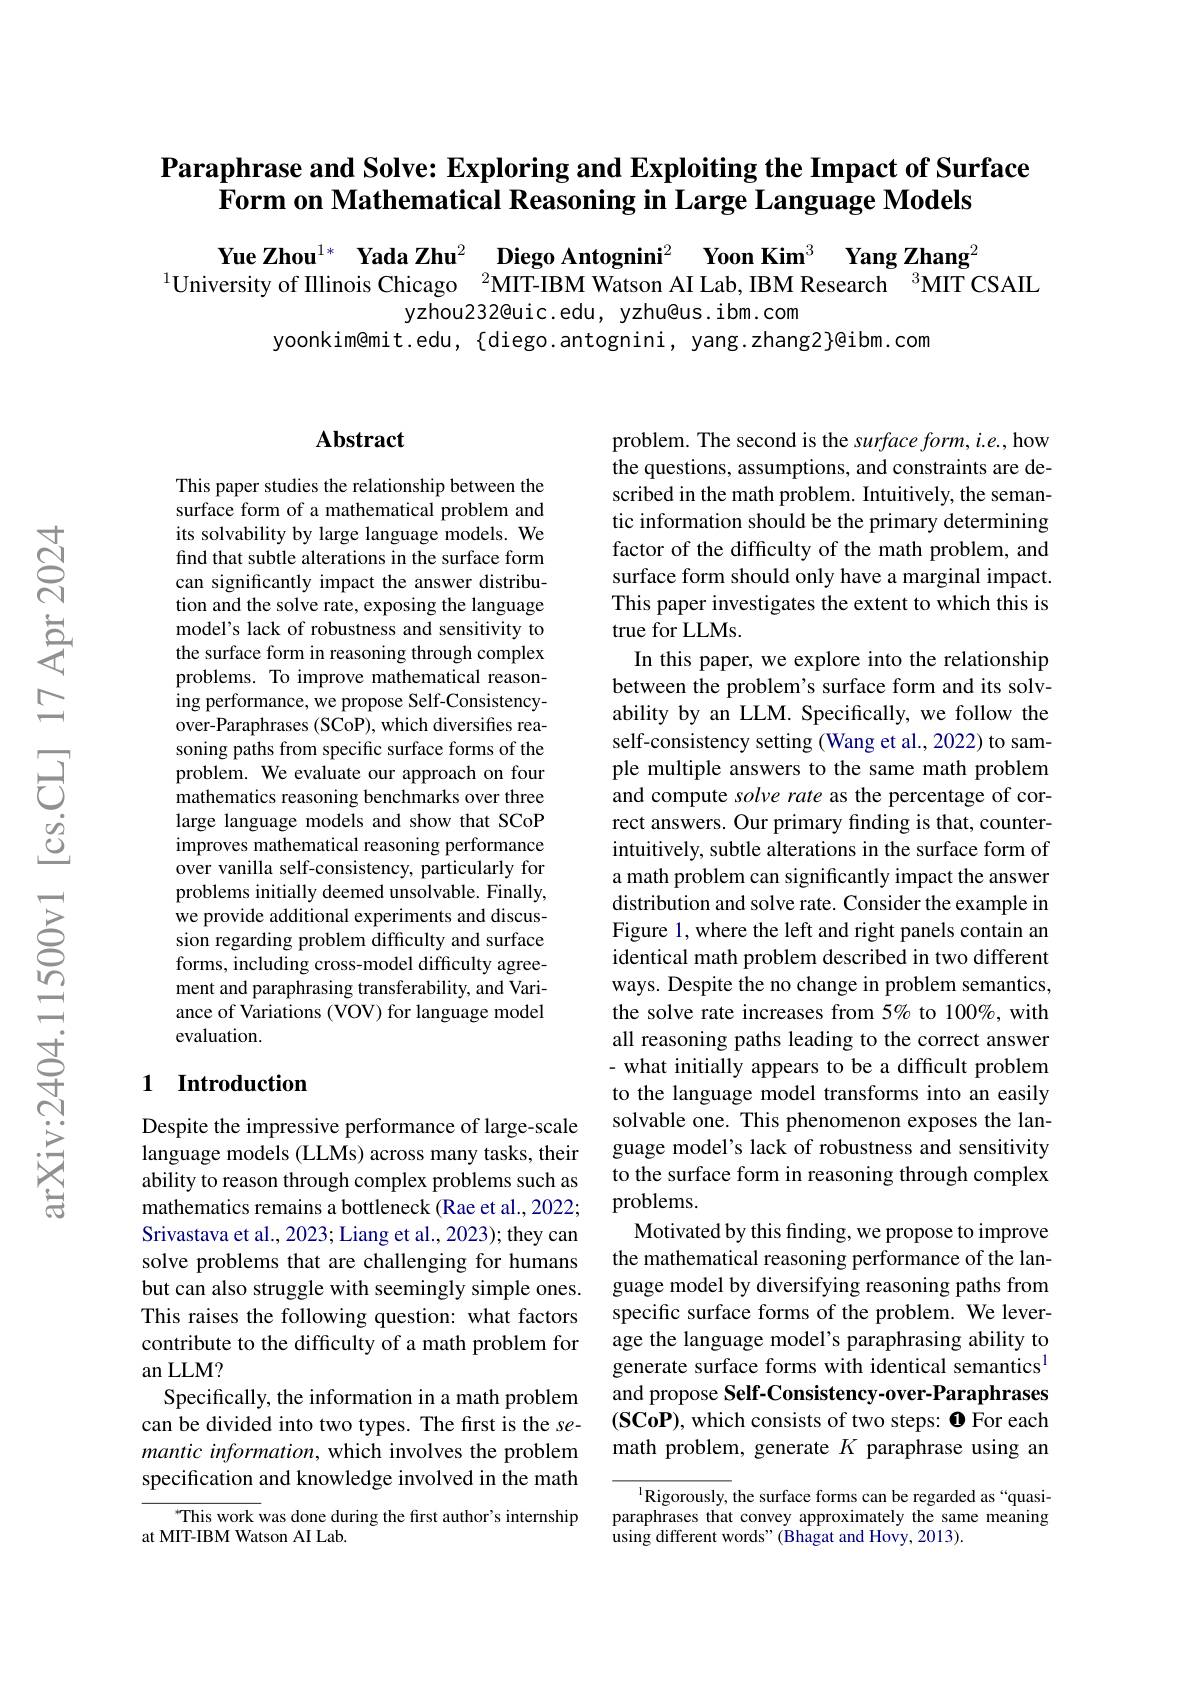
# Paraphrase and Solve: Exploring and Exploiting the Impact of Surface Form on Mathematical Reasoning in Large Language Models

$\begin{array}{c}\textbf{Yue Zhou}^{1*}&\textbf{Yada Zhu}^2&\textbf{Diego Antognini}^2&\textbf{Yoon Kim}^3\textbf{ Yang Zhang}^2\\\text{University of Illinois Chicago}&&\text{2MIT-IBM Watson AI Lab, IBM Research }^3\text{MIT CSAIL}\end{array}$
yzhou232@uic.edu, yzhu@us.ibm.com
yoonkim@mit.edu, {diego.antognini, yang.zhang2}@ibm.com

### $\mathbf{Abstract}$

This paper studies the relationship between the surface form of a mathematical problem and its solvability by large language models. We find that subtle alterations in the surface form can significantly impact the answer distribution and the solve rate, exposing the language model's lack of robustness and sensitivity to the surface form in reasoning through complex problems. To improve mathematical reasoning performance, we propose Self-Consistencyover-Paraphrases (SCoP), which diversifies reasoning paths from specific surface forms of the problem. We evaluate our approach on four mathematics reasoning benchmarks over three large language models and show that SCoP improves mathematical reasoning performance over vanilla self-consistency, particularly for problems initially deemed unsolvable. Finally, we provide additional experiments and discussion regarding problem difficulty and surface forms, including cross-model difficulty agreement and paraphrasing transferability, and Variance of Variations (VOV) for language model evaluation.

## 1 Introduction

Despite the impressive performance of large-scale language models (LLMs) across many tasks, their ability to reason through complex problems such as mathematics remains a bottleneck (Rae et al., 2022; Srivastava et al., 2023; Liang et al., 2023); they can solve problems that are challenging for humans but can also struggle with seemingly simple ones. This raises the following question: what factors contribute to the difficulty of a math problem for an LLM?
Specifically, the information in a math problem can be divided into two types. The first is the semantic information, which involves the problem specification and knowledge involved in the math

This work was done during the first author's internship
at MIT-IBM Watson AI Lab

problem. The second is the surface form, i.e., how the questions, assumptions, and constraints are described in the math problem. Intuitively, the semantic information should be the primary determining factor of the difficulty of the math problem, and surface form should only have a marginal impact. This paper investigates the extent to which this is true for LLMs.
In this paper, we explore into the relationship between the problem's surface form and its solvability by an LLM. Specifically, we follow the self-consistency setting (Wang et al., 2022) to sample multiple answers to the same math problem and compute solve rate as the percentage of correct answers. Our primary finding is that, counterintuitively, subtle alterations in the surface form of a math problem can significantly impact the answer distribution and solve rate. Consider the example in Figure 1, where the left and right panels contain an identical math problem described in two different ways. Despite the no change in problem semantics, the solve rate increases from 5% to 100%, with all reasoning paths leading to the correct answer - what initially appears to be a difficult problem to the language model transforms into an easily solvable one. This phenomenon exposes the language model's lack of robustness and sensitivity to the surface form in reasoning through complex problems.
Motivated by this finding, we propose to improve the mathematical reasoning performance of the language model by diversifying reasoning paths from specific surface forms of the problem. We leverage the language model's paraphrasing ability to generate surface forms with identical semantics$^{\mathrm{l}}$ and propose Self-Consistency-over-Paraphrases (SCoP), which consists of two steps: 0 For each math problem, generate $K$ paraphrase using an

$^{1}$Rigorously, the surface forms can be regarded as“quasiparaphrases that convey approximately the same meaning using different words" (Bhagat and Hovy, 2013).